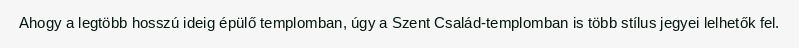
Ahogy a legtöbb hosszú ideig épülő templomban, úgy a Szent Család-templomban is több stílus jegyei lelhetők fel.